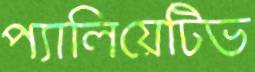
প্যালিয়েটিভ